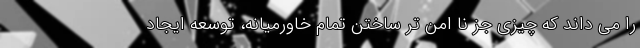
را می داند که چیزی جز نا امن تر ساختن تمام خاورمیانه، توسعه ایجاد